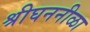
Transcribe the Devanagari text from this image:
श्रीघननीळा